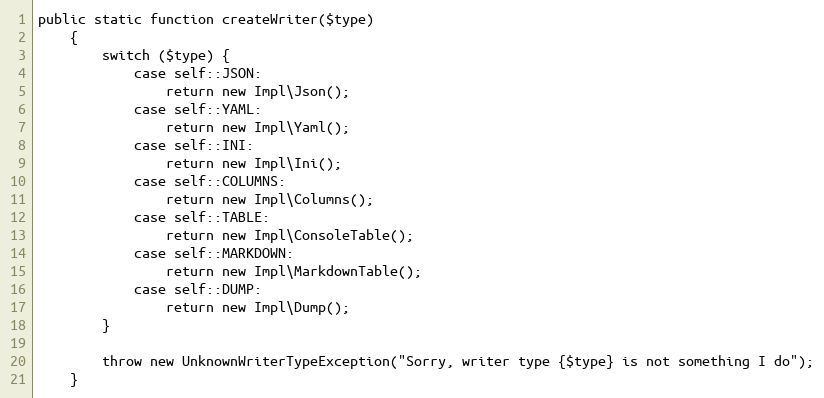
Language: PHP
public static function createWriter($type)
    {
        switch ($type) {
            case self::JSON:
                return new Impl\Json();
            case self::YAML:
                return new Impl\Yaml();
            case self::INI:
                return new Impl\Ini();
            case self::COLUMNS:
                return new Impl\Columns();
            case self::TABLE:
                return new Impl\ConsoleTable();
            case self::MARKDOWN:
                return new Impl\MarkdownTable();
            case self::DUMP:
                return new Impl\Dump();
        }

        throw new UnknownWriterTypeException("Sorry, writer type {$type} is not something I do");
    }